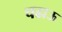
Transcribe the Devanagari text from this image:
चढाऊ